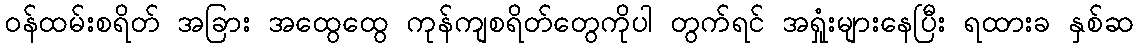
၀န်ထမ်းစရိတ် အခြား အထွေထွေ ကုန်ကျစရိတ်တွေကိုပါ တွက်ရင် အရှုံးများနေပြီး ရထားခ နှစ်ဆ